Source: Handwritten
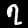
Digit: ၇ (7)